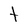
Character: t